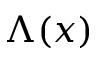
\Lambda ( x )